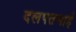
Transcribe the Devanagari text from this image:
दलपतभाई